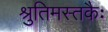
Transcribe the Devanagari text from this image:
श्रुतिमस्तकैः